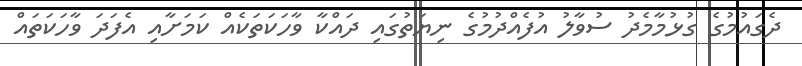
ދެގައުމުގެ ގުޅުމާމެދު ސުވާލު އުފެއްދުމުގެ ނިޔަތުގައި ދައްކާ ވާހަކަތަކެއް ކަމަށާއި އެފަދަ ވާހަކަތައް